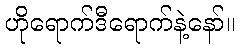
ဟိုရောက်ဒီရောက်နဲ့နော်။